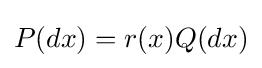
P(dx)=r(x)Q(dx)